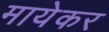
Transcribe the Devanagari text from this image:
मायेकर